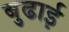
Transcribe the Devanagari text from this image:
बुढाई